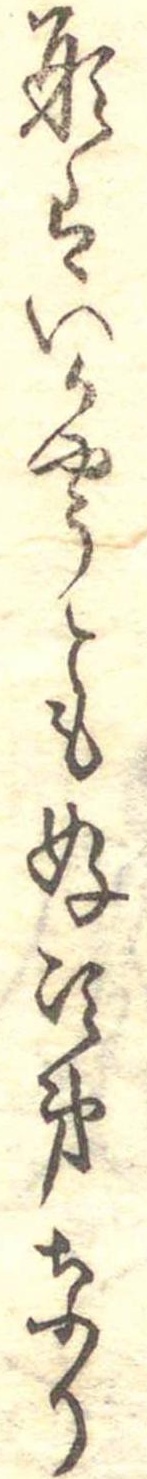
形はいかやうとも好次第なり